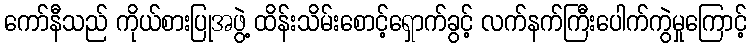
ကော်နီသည် ကိုယ်စားပြုအဖွဲ့ ထိန်းသိမ်းစောင့်ရှောက်ခွင့် လက်နက်ကြီးပေါက်ကွဲမှုကြောင့်